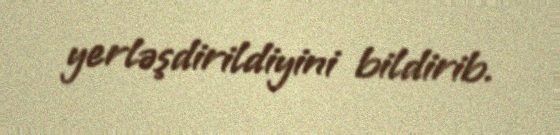
yerləşdirildiyini bildirib.